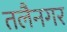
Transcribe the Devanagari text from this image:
तलैनगर